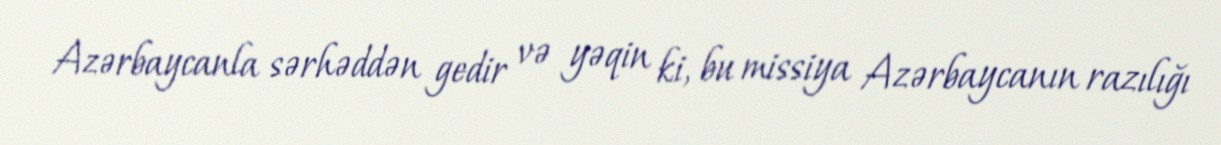
Azərbaycanla sərhəddən gedir və yəqin ki, bu missiya Azərbaycanın razılığı